画像に写った文字を読んでください
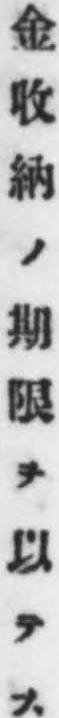
「金收納ノ期限ヲ以テス」と書いてあります